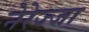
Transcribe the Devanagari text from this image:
नेरेज्जा